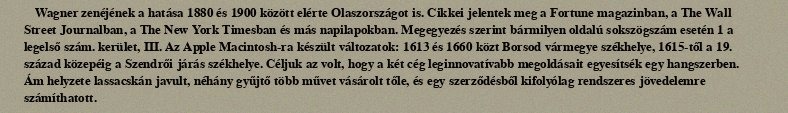
Wagner zenéjének a hatása 1880 és 1900 között elérte Olaszországot is. Cikkei jelentek meg a Fortune magazinban, a The Wall Street Journalban, a The New York Timesban és más napilapokban. Megegyezés szerint bármilyen oldalú sokszögszám esetén 1 a legelső szám. kerület, III. Az Apple Macintosh-ra készült változatok: 1613 és 1660 közt Borsod vármegye székhelye, 1615-től a 19. század közepéig a Szendrői járás székhelye. Céljuk az volt, hogy a két cég leginnovatívabb megoldásait egyesítsék egy hangszerben. Ám helyzete lassacskán javult, néhány gyűjtő több művet vásárolt tőle, és egy szerződésből kifolyólag rendszeres jövedelemre számíthatott.